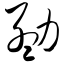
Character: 勐